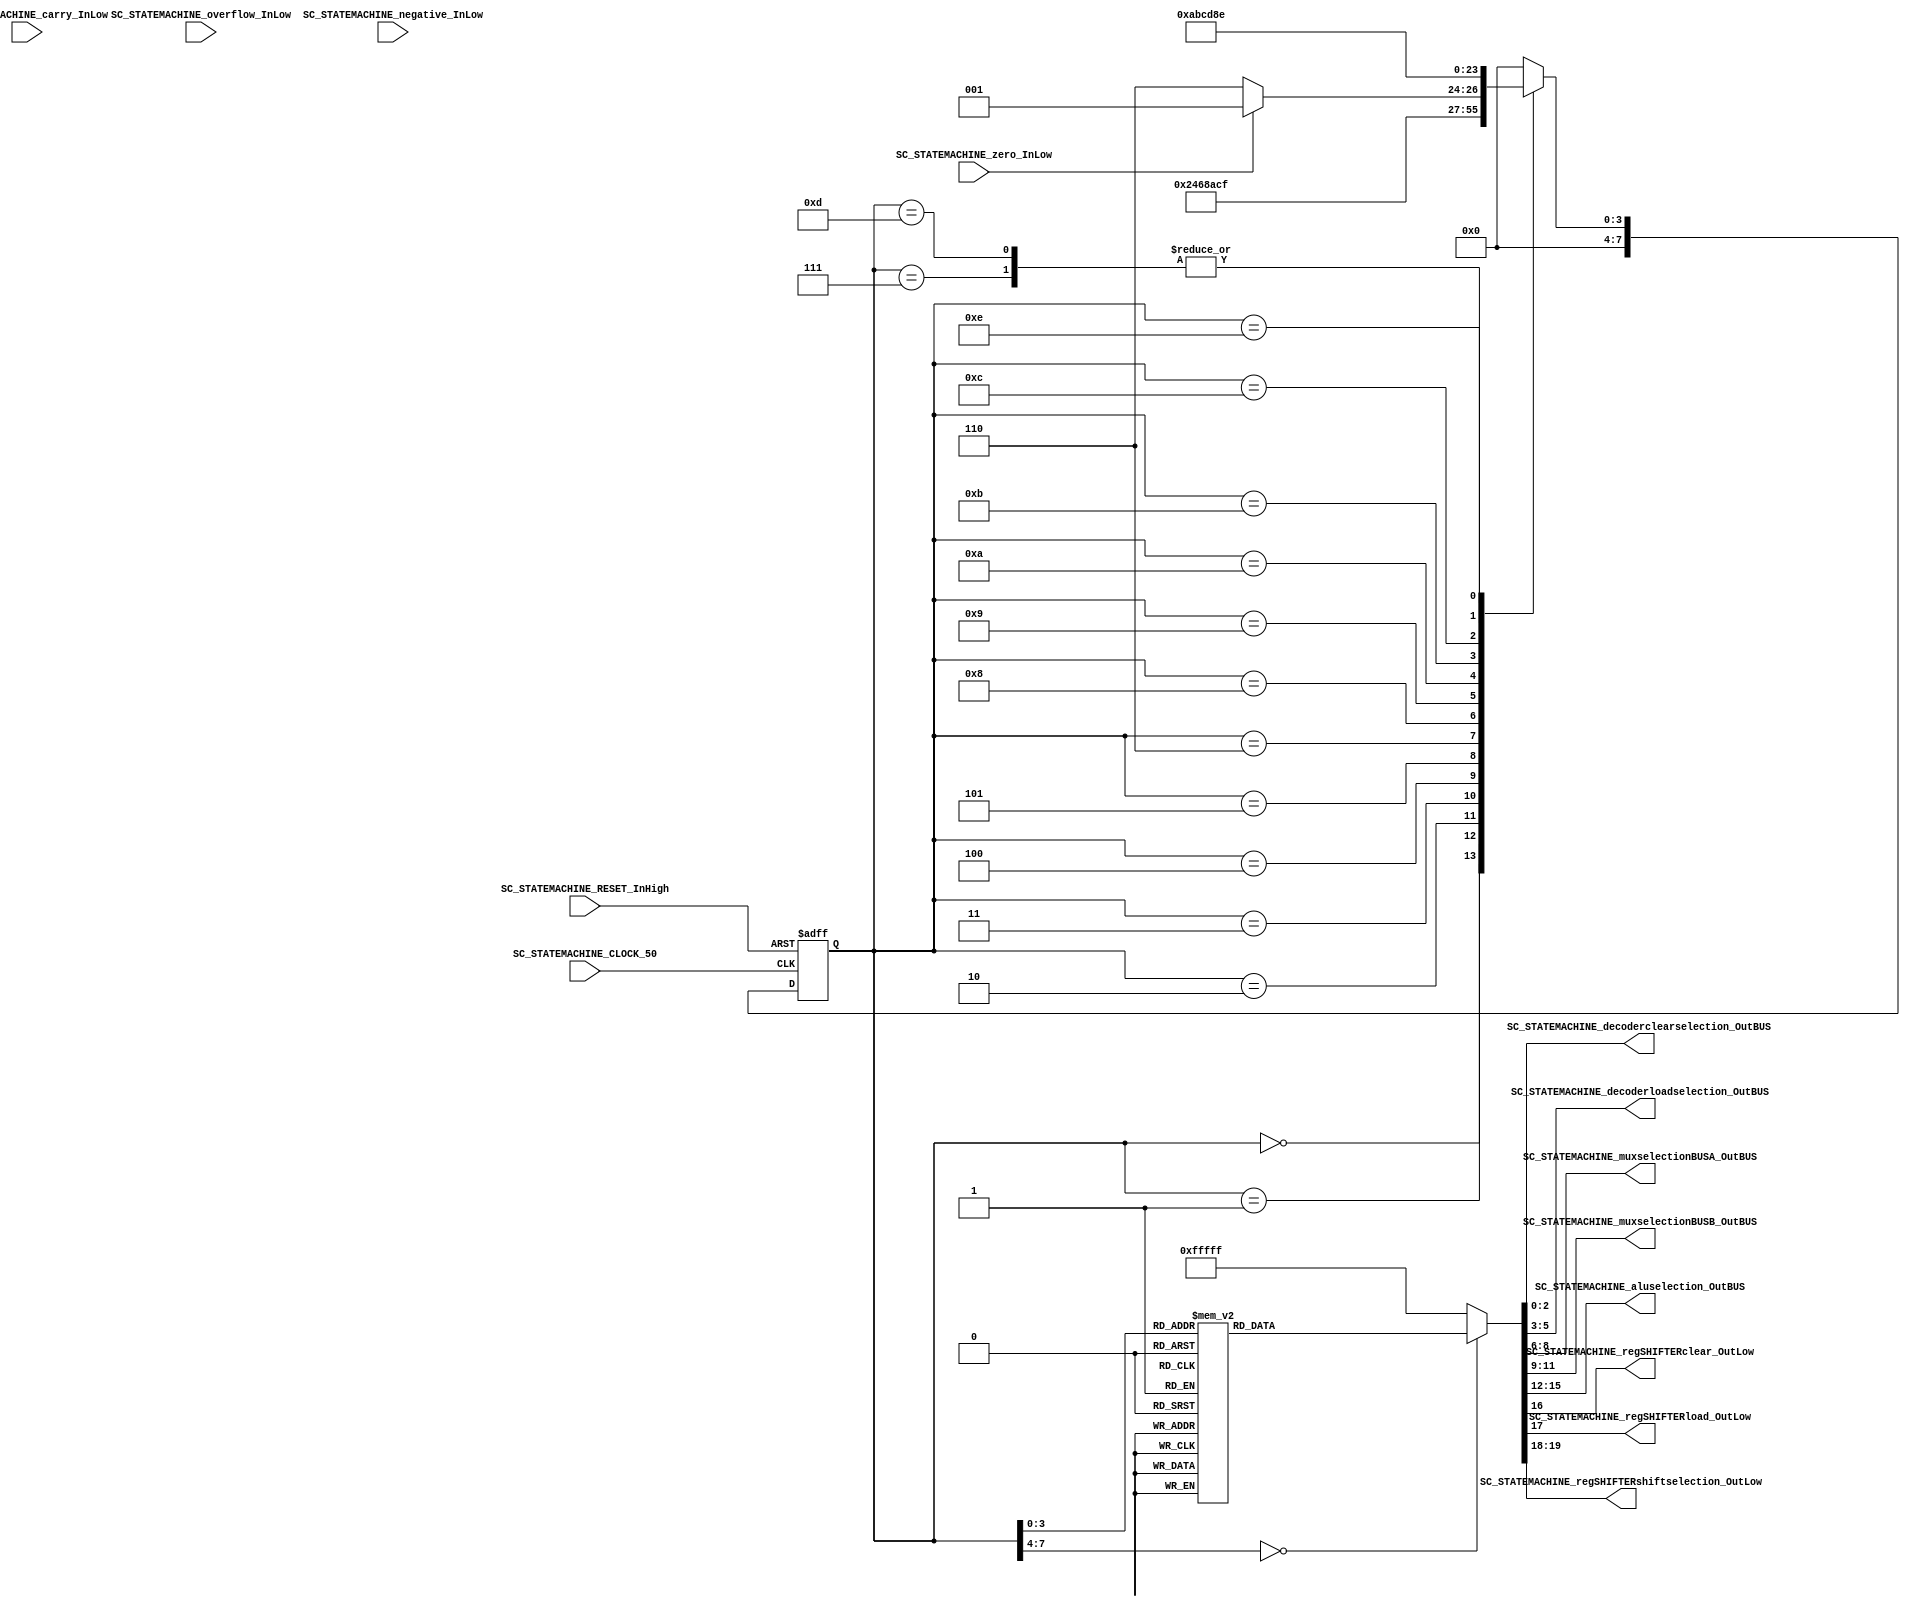
/*######################################################################
//#	G0B1T: HDL EXAMPLES. 2018.
//######################################################################
//# Copyright (C) 2018. F.E.Segura-Quijano (FES) fsegura@uniandes.edu.co
//# 
//# This program is free software: you can redistribute it and/or modify
//# it under the terms of the GNU General Public License as published by
//# the Free Software Foundation, version 3 of the License.
//#
//# This program is distributed in the hope that it will be useful,
//# but WITHOUT ANY WARRANTY; without even the implied warranty of
//# MERCHANTABILITY or FITNESS FOR A PARTICULAR PURPOSE.  See the
//# GNU General Public License for more details.
//#
//# You should have received a copy of the GNU General Public License
//# along with this program.  If not, see <http://www.gnu.org/licenses/>
//####################################################################*/
//=======================================================
//  MODULE Definition
//=======================================================
module SC_STATEMACHINE #(parameter DATAWIDTH_DECODER_SELECTION=3, parameter DATAWIDTH_MUX_SELECTION=3, parameter DATAWIDTH_ALU_SELECTION=4,  parameter DATAWIDTH_REGSHIFTER_SELECTION=2 ) (
	//////////// OUTPUTS //////////
	SC_STATEMACHINE_decoderclearselection_OutBUS,
	SC_STATEMACHINE_decoderloadselection_OutBUS,
	SC_STATEMACHINE_muxselectionBUSA_OutBUS,
	SC_STATEMACHINE_muxselectionBUSB_OutBUS,
	SC_STATEMACHINE_aluselection_OutBUS,
	SC_STATEMACHINE_regSHIFTERclear_OutLow,
	SC_STATEMACHINE_regSHIFTERload_OutLow,
	SC_STATEMACHINE_regSHIFTERshiftselection_OutLow,
	//////////// INPUTS //////////
	SC_STATEMACHINE_CLOCK_50,
	SC_STATEMACHINE_RESET_InHigh,
	SC_STATEMACHINE_overflow_InLow,
	SC_STATEMACHINE_carry_InLow,
	SC_STATEMACHINE_negative_InLow,
	SC_STATEMACHINE_zero_InLow
);	
//=======================================================
//  PARAMETER declarations
//=======================================================
// states declaration
localparam State_RESET_0							= 0;
localparam State_START_0							= 1;
localparam State_MOV_RegGEN2_RegFIX1_0				= 2;
localparam State_MOV_RegGEN2_RegFIX1_1				= 3;
localparam State_MOV_RegGEN2_RegFIX1_2				= 4;
localparam State_MOV_RegGEN3_RegFIX0_0				= 5;
localparam State_MOV_RegGEN3_RegFIX0_1				= 6;
localparam State_MOV_RegGEN3_RegFIX0_2				= 7;
localparam State_DEC_RegGEN2_0						= 8;
localparam State_DEC_RegGEN2_1						= 9;	
localparam State_DEC_RegGEN2_2						= 10;		
localparam State_ADD_RegGEN3_RegGEN3_RegFIX0_0		= 11;		
localparam State_ADD_RegGEN3_RegGEN3_RegFIX0_1		= 12;		
localparam State_ADD_RegGEN3_RegGEN3_RegFIX0_2		= 13;		
localparam State_END_0								= 14;
//=======================================================
//  PORT declarations
//=======================================================
output reg	[DATAWIDTH_DECODER_SELECTION-1:0] SC_STATEMACHINE_decoderclearselection_OutBUS;
output reg	[DATAWIDTH_DECODER_SELECTION-1:0] SC_STATEMACHINE_decoderloadselection_OutBUS;
output reg	[DATAWIDTH_MUX_SELECTION-1:0] SC_STATEMACHINE_muxselectionBUSA_OutBUS;
output reg	[DATAWIDTH_MUX_SELECTION-1:0] SC_STATEMACHINE_muxselectionBUSB_OutBUS;
output reg	[DATAWIDTH_ALU_SELECTION-1:0] SC_STATEMACHINE_aluselection_OutBUS;
output reg	SC_STATEMACHINE_regSHIFTERclear_OutLow;
output reg	SC_STATEMACHINE_regSHIFTERload_OutLow;
output reg	[DATAWIDTH_REGSHIFTER_SELECTION-1:0] SC_STATEMACHINE_regSHIFTERshiftselection_OutLow;
input		SC_STATEMACHINE_CLOCK_50;
input		SC_STATEMACHINE_RESET_InHigh;
input		SC_STATEMACHINE_overflow_InLow;	
input		SC_STATEMACHINE_carry_InLow;	
input		SC_STATEMACHINE_negative_InLow;	
input		SC_STATEMACHINE_zero_InLow;		
//=======================================================
//  REG/WIRE declarations
//=======================================================
reg [7:0] State_Register;
reg [7:0] State_Signal;
//=======================================================
//  Structural coding
//=======================================================
//=========================================================
// MUL: RegGEN3 = RegFIX0 * RegFIX1
//=========================================================
// SE ASUME MULIPLICACION DE NUMEROS POSITIVOS
// RegFIX0: Multiplicando (El que se suma RegFIX1 veces)
// RegFIX1: Multiplicador
// RegGEN2: ACUMULADOR PARCIAL DE LA ITERACION
// RegGEN3: ACUMULADOR PARCIAL DE LA MULTIPLICACION
// 	 			RegGEN2 = RegFIX1; 		(Los 3 pasos de la operacion)
// 				RegGEN3 = RegFIX0;		(Los 3 pasos de la operacion)
//  	NEXT2:	RegGEN2 = RegGEN2 - 1; 	(Paso 1 para ver banderas)
//		 			if (StateMachine_zero_InLow = 1) 
//						goto NEXT1;
//					else
//						goto END;
//		NEXT1:	RegGEN2 = RegGEN2 - 1;	(Los 2 pasos siguientes de la operacion)
//  			RegGEN3 = RegGEN3 + RegFIX0; (Los 3 pasos de la operacion)
//		 			goto NEXT2;
//		END:		goto END;
//INPUT LOGIC: COMBINATIONAL
// NEXT STATE LOGIC : COMBINATIONAL
always @(*)
case (State_Register)
//TO INIT REGISTERS
	// 
	State_RESET_0: State_Signal = State_START_0;
	State_START_0: State_Signal = State_MOV_RegGEN2_RegFIX1_0;
	State_MOV_RegGEN2_RegFIX1_0: State_Signal = State_MOV_RegGEN2_RegFIX1_1;
	State_MOV_RegGEN2_RegFIX1_1: State_Signal = State_MOV_RegGEN2_RegFIX1_2;		
	State_MOV_RegGEN2_RegFIX1_2: State_Signal = State_MOV_RegGEN3_RegFIX0_0;
	State_MOV_RegGEN3_RegFIX0_0: State_Signal = State_MOV_RegGEN3_RegFIX0_1;
	State_MOV_RegGEN3_RegFIX0_1: State_Signal = State_MOV_RegGEN3_RegFIX0_2;
	State_MOV_RegGEN3_RegFIX0_2: State_Signal = State_DEC_RegGEN2_0;
	State_DEC_RegGEN2_0: if (SC_STATEMACHINE_zero_InLow == 1) State_Signal = State_DEC_RegGEN2_1;
							else State_Signal = State_END_0;
	State_DEC_RegGEN2_1: State_Signal = State_DEC_RegGEN2_2;
	State_DEC_RegGEN2_2: State_Signal = State_ADD_RegGEN3_RegGEN3_RegFIX0_0;		
	State_ADD_RegGEN3_RegGEN3_RegFIX0_0: State_Signal = State_ADD_RegGEN3_RegGEN3_RegFIX0_1;		
	State_ADD_RegGEN3_RegGEN3_RegFIX0_1: State_Signal = State_ADD_RegGEN3_RegGEN3_RegFIX0_2;				
	State_ADD_RegGEN3_RegGEN3_RegFIX0_2: State_Signal = State_DEC_RegGEN2_0;
	State_END_0: State_Signal = State_END_0;
	default : State_Signal = State_RESET_0;
endcase
	
// STATE REGISTER : SEQUENTIAL
always @ ( posedge SC_STATEMACHINE_CLOCK_50 , posedge SC_STATEMACHINE_RESET_InHigh)
if (SC_STATEMACHINE_RESET_InHigh==1)
	State_Register <= State_RESET_0;
else
	State_Register <= State_Signal;
//=======================================================
//  Outputs
//=======================================================
// OUTPUT LOGIC : COMBINATIONAL
always @ (*)
case (State_Register)
//=========================================================
// RESET STATE
//=========================================================
State_RESET_0 :	
	begin	
	//=========================================================
	// DECODERS. a) LOAD DATA: FROM BUSC TO GENERAL REGISTERS b) CLEAR DATA
	//=========================================================
		// 111 NO GenREG Selected; 000 GenREG_0, ... 011 GenREG_3;
		SC_STATEMACHINE_decoderclearselection_OutBUS = 3'b111;
		// 111 NO GenREG Selected; 000 GenREG_0, ... 011 GenREG_3;
		SC_STATEMACHINE_decoderloadselection_OutBUS = 3'b111;
	//=========================================================
	// READ DATA: FROM REGISTER(FIXED OR GENERAL) TO BUSA or BUS_B or BOTH OF THEM
	//=========================================================
		// TO BUS A: 000 RegGen_0; 001 RegGen_1; 010 RegGen_2; 011 RegGen_3; 100 RegFIX_0; 101 RegFIX_1;110 NA; 111 NA;
		SC_STATEMACHINE_muxselectionBUSA_OutBUS = 3'b111;				
		// TO BUS B: 000 RegGen_0; 001 RegGen_1; 010 RegGen_2; 011 RegGen_3; 100 RegFIX_0; 101 RegFIX_1; 110 NA; 111 NA;
		SC_STATEMACHINE_muxselectionBUSB_OutBUS = 3'b111;				
	//=========================================================
	// ALU OPERATION: 
	//=========================================================
		// 0000 BUSA; 0001 OR; 0010 AND; 0011 NOT A; 0100 XOR; 0101-0111 A; 1000 ADD; 1001 SUB; 1010 INC; 1011 DEC; 1100-1111 A;
		SC_STATEMACHINE_aluselection_OutBUS = 4'b1111;
	//=========================================================
	// SHIFT REGISTER CONTROL: LOAD DATA IN REGSHIFER and REGSHIFER SELECTION
	//=========================================================
		// CLEAR: 1 NO CLEAR; 0 CLEAR;
		SC_STATEMACHINE_regSHIFTERclear_OutLow = 1;
		// LOAD: 1 NO LOAD;  0 LOAD;
		SC_STATEMACHINE_regSHIFTERload_OutLow = 1;
		// SHIFT: 01 ShiftLeft; 10 ShiftRight; 00-11 NOTHING
		SC_STATEMACHINE_regSHIFTERshiftselection_OutLow = 2'b11;
	end
//=========================================================
// START STATE
//=========================================================
State_START_0 :	
	begin	
		SC_STATEMACHINE_decoderclearselection_OutBUS = 3'b111;
		SC_STATEMACHINE_decoderloadselection_OutBUS = 3'b111;
		SC_STATEMACHINE_muxselectionBUSA_OutBUS = 3'b111;
		SC_STATEMACHINE_muxselectionBUSB_OutBUS = 3'b111;
		SC_STATEMACHINE_aluselection_OutBUS = 4'b1111;
		SC_STATEMACHINE_regSHIFTERclear_OutLow = 1;
		SC_STATEMACHINE_regSHIFTERload_OutLow = 1;
		SC_STATEMACHINE_regSHIFTERshiftselection_OutLow = 2'b11;
	end
//=========================================================
// A: 			RegGEN2 = RegFIX1;
//=========================================================
State_MOV_RegGEN2_RegFIX1_0 :	
	begin	
		SC_STATEMACHINE_decoderclearselection_OutBUS = 3'b111;			
		SC_STATEMACHINE_decoderloadselection_OutBUS = 3'b111;
		SC_STATEMACHINE_muxselectionBUSA_OutBUS = 3'b101;				//*
		SC_STATEMACHINE_muxselectionBUSB_OutBUS = 3'b111;				
		SC_STATEMACHINE_aluselection_OutBUS = 4'b0000;					//*
		SC_STATEMACHINE_regSHIFTERclear_OutLow = 1;
		SC_STATEMACHINE_regSHIFTERload_OutLow = 1;						
		SC_STATEMACHINE_regSHIFTERshiftselection_OutLow = 2'b11;		
	end		
State_MOV_RegGEN2_RegFIX1_1 :	
	begin	
		SC_STATEMACHINE_decoderclearselection_OutBUS = 3'b111;
		SC_STATEMACHINE_decoderloadselection_OutBUS = 3'b111;
		SC_STATEMACHINE_muxselectionBUSA_OutBUS = 3'b101;				//*
		SC_STATEMACHINE_muxselectionBUSB_OutBUS = 3'b111;				
		SC_STATEMACHINE_aluselection_OutBUS = 4'b0000;					//*
		SC_STATEMACHINE_regSHIFTERclear_OutLow = 1;
		SC_STATEMACHINE_regSHIFTERload_OutLow = 0;					//*
		SC_STATEMACHINE_regSHIFTERshiftselection_OutLow = 2'b11;		
	end		
State_MOV_RegGEN2_RegFIX1_2 :	
	begin	
		SC_STATEMACHINE_decoderclearselection_OutBUS = 3'b111;
		SC_STATEMACHINE_decoderloadselection_OutBUS = 3'b010;		//*
		SC_STATEMACHINE_muxselectionBUSA_OutBUS = 3'b111;				
		SC_STATEMACHINE_muxselectionBUSB_OutBUS = 3'b111;				
		SC_STATEMACHINE_aluselection_OutBUS = 4'b1111;					
		SC_STATEMACHINE_regSHIFTERclear_OutLow = 1;
		SC_STATEMACHINE_regSHIFTERload_OutLow = 1;					
		SC_STATEMACHINE_regSHIFTERshiftselection_OutLow = 2'b11;		
	end		
//=========================================================
// B: 			RegGEN3 = RegFIX0;
//=========================================================
State_MOV_RegGEN3_RegFIX0_0 :	
	begin	
		SC_STATEMACHINE_decoderclearselection_OutBUS = 3'b111;
		SC_STATEMACHINE_decoderloadselection_OutBUS = 3'b111;
		SC_STATEMACHINE_muxselectionBUSA_OutBUS = 3'b100;				//*
		SC_STATEMACHINE_muxselectionBUSB_OutBUS = 3'b111;				
		SC_STATEMACHINE_aluselection_OutBUS = 4'b0000;					//*
		SC_STATEMACHINE_regSHIFTERclear_OutLow = 1;
		SC_STATEMACHINE_regSHIFTERload_OutLow = 1;						
		SC_STATEMACHINE_regSHIFTERshiftselection_OutLow = 2'b11;		
	end		
State_MOV_RegGEN3_RegFIX0_1 :	
	begin	
		SC_STATEMACHINE_decoderclearselection_OutBUS = 3'b111;
		SC_STATEMACHINE_decoderloadselection_OutBUS = 3'b111;
		SC_STATEMACHINE_muxselectionBUSA_OutBUS = 3'b100;				//*
		SC_STATEMACHINE_muxselectionBUSB_OutBUS = 3'b111;				
		SC_STATEMACHINE_aluselection_OutBUS = 4'b0000;					//*
		SC_STATEMACHINE_regSHIFTERclear_OutLow = 1;
		SC_STATEMACHINE_regSHIFTERload_OutLow = 0;					//*
		SC_STATEMACHINE_regSHIFTERshiftselection_OutLow = 2'b11;		
	end		
State_MOV_RegGEN3_RegFIX0_2 :	
	begin	
		SC_STATEMACHINE_decoderclearselection_OutBUS = 3'b111;
		SC_STATEMACHINE_decoderloadselection_OutBUS = 3'b011;		//*
		SC_STATEMACHINE_muxselectionBUSA_OutBUS = 3'b111;				
		SC_STATEMACHINE_muxselectionBUSB_OutBUS = 3'b111;				
		SC_STATEMACHINE_aluselection_OutBUS = 4'b1111;					
		SC_STATEMACHINE_regSHIFTERclear_OutLow = 1;
		SC_STATEMACHINE_regSHIFTERload_OutLow = 1;					
		SC_STATEMACHINE_regSHIFTERshiftselection_OutLow = 2'b11;		
	end		
//=========================================================
// C. REPEAT:	RegGEN2 = RegGEN2 - 1; 
//=========================================================
State_DEC_RegGEN2_0 :	
	begin	
		SC_STATEMACHINE_decoderclearselection_OutBUS = 3'b111;
		SC_STATEMACHINE_decoderloadselection_OutBUS = 3'b111;
		SC_STATEMACHINE_muxselectionBUSA_OutBUS = 3'b010;				//*
		SC_STATEMACHINE_muxselectionBUSB_OutBUS = 3'b111;				
		SC_STATEMACHINE_aluselection_OutBUS = 4'b1011;					//*
		SC_STATEMACHINE_regSHIFTERclear_OutLow = 1;
		SC_STATEMACHINE_regSHIFTERload_OutLow = 1;						
		SC_STATEMACHINE_regSHIFTERshiftselection_OutLow = 2'b11;		
	end		
State_DEC_RegGEN2_1 :	
	begin	
		SC_STATEMACHINE_decoderclearselection_OutBUS = 3'b111;
		SC_STATEMACHINE_decoderloadselection_OutBUS = 3'b111;
		SC_STATEMACHINE_muxselectionBUSA_OutBUS = 3'b010;				//*
		SC_STATEMACHINE_muxselectionBUSB_OutBUS = 3'b111;				
		SC_STATEMACHINE_aluselection_OutBUS = 4'b1011;					//*
		SC_STATEMACHINE_regSHIFTERclear_OutLow = 1;
		SC_STATEMACHINE_regSHIFTERload_OutLow = 0;					//*
		SC_STATEMACHINE_regSHIFTERshiftselection_OutLow = 2'b11;		
	end		
State_DEC_RegGEN2_2 :	
	begin	
		SC_STATEMACHINE_decoderclearselection_OutBUS = 3'b111;
		SC_STATEMACHINE_decoderloadselection_OutBUS = 3'b010;		//*
		SC_STATEMACHINE_muxselectionBUSA_OutBUS = 3'b111;				
		SC_STATEMACHINE_muxselectionBUSB_OutBUS = 3'b111;				
		SC_STATEMACHINE_aluselection_OutBUS = 4'b1111;					
		SC_STATEMACHINE_regSHIFTERclear_OutLow = 1;
		SC_STATEMACHINE_regSHIFTERload_OutLow = 1;					
		SC_STATEMACHINE_regSHIFTERshiftselection_OutLow = 2'b11;		
	end		
//=========================================================
// D. 				RegGEN3 = RegGEN3 + RegFIX0;
//=========================================================
State_ADD_RegGEN3_RegGEN3_RegFIX0_0 :	
	begin	
		SC_STATEMACHINE_decoderclearselection_OutBUS = 3'b111;
		SC_STATEMACHINE_decoderloadselection_OutBUS = 3'b111;
		SC_STATEMACHINE_muxselectionBUSA_OutBUS = 3'b011;				//*
		SC_STATEMACHINE_muxselectionBUSB_OutBUS = 3'b100;				//*
		SC_STATEMACHINE_aluselection_OutBUS = 4'b1000;					//*
		SC_STATEMACHINE_regSHIFTERclear_OutLow = 1;
		SC_STATEMACHINE_regSHIFTERload_OutLow = 1;						
		SC_STATEMACHINE_regSHIFTERshiftselection_OutLow = 2'b11;		
	end		
State_ADD_RegGEN3_RegGEN3_RegFIX0_1 :	
	begin	
		SC_STATEMACHINE_decoderclearselection_OutBUS = 3'b111;
		SC_STATEMACHINE_decoderloadselection_OutBUS = 3'b111;
		SC_STATEMACHINE_muxselectionBUSA_OutBUS = 3'b011;				//*
		SC_STATEMACHINE_muxselectionBUSB_OutBUS = 3'b100;				//*
		SC_STATEMACHINE_aluselection_OutBUS = 4'b1000;					//*
		SC_STATEMACHINE_regSHIFTERclear_OutLow = 1;
		SC_STATEMACHINE_regSHIFTERload_OutLow = 0;					//*
		SC_STATEMACHINE_regSHIFTERshiftselection_OutLow = 2'b11;		
	end		
State_ADD_RegGEN3_RegGEN3_RegFIX0_2 :	
	begin	
		SC_STATEMACHINE_decoderclearselection_OutBUS = 3'b111;
		SC_STATEMACHINE_decoderloadselection_OutBUS = 3'b011;		//*
		SC_STATEMACHINE_muxselectionBUSA_OutBUS = 3'b111;				
		SC_STATEMACHINE_muxselectionBUSB_OutBUS = 3'b111;				
		SC_STATEMACHINE_aluselection_OutBUS = 4'b1111;					
		SC_STATEMACHINE_regSHIFTERclear_OutLow = 1;
		SC_STATEMACHINE_regSHIFTERload_OutLow = 1;					
		SC_STATEMACHINE_regSHIFTERshiftselection_OutLow = 2'b11;		
	end		
//=========================================================
// END STATE
//=========================================================
State_END_0 :	
	begin	
		SC_STATEMACHINE_decoderclearselection_OutBUS = 3'b111;
		SC_STATEMACHINE_decoderloadselection_OutBUS = 3'b111;
		SC_STATEMACHINE_muxselectionBUSA_OutBUS = 3'b111;				
		SC_STATEMACHINE_muxselectionBUSB_OutBUS = 3'b111;				
		SC_STATEMACHINE_aluselection_OutBUS = 4'b1111;
		SC_STATEMACHINE_regSHIFTERclear_OutLow = 1;
		SC_STATEMACHINE_regSHIFTERload_OutLow = 1;						
		SC_STATEMACHINE_regSHIFTERshiftselection_OutLow = 2'b11;		
	end	
//=========================================================
// DEFAULT
//=========================================================
default:	
	begin	
		SC_STATEMACHINE_decoderclearselection_OutBUS = 3'b111;
		SC_STATEMACHINE_decoderloadselection_OutBUS = 3'b111;
		SC_STATEMACHINE_muxselectionBUSA_OutBUS = 3'b111;
		SC_STATEMACHINE_muxselectionBUSB_OutBUS = 3'b111;
		SC_STATEMACHINE_aluselection_OutBUS = 4'b1111;
		SC_STATEMACHINE_regSHIFTERclear_OutLow = 1;
		SC_STATEMACHINE_regSHIFTERload_OutLow = 1;
		SC_STATEMACHINE_regSHIFTERshiftselection_OutLow = 2'b11;
	end
endcase

endmodule